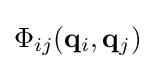
\Phi _{ij}(\mathbf {q} _{i},\mathbf {q} _{j})